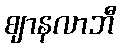
ဈာနလာဘီ